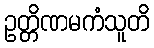
ဥတ္တိဏမကံသူတိ